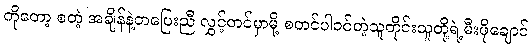
ကိုတော့ စတဲ့ အချိန်နဲ့တပြေးညီ လွှင့်တင်မှာမို့ စတင်ပါ၀င်တဲ့သူတိုင်းသူတို့ရဲ့မီးဖိုချောင်